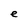
Character: e